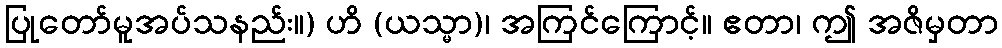
ပြုတော်မူအပ်သနည်း။) ဟိ (ယသ္မာ)၊ အကြင်ကြောင့်။ ဧတာ၊ ဤ အဇိမှတာ